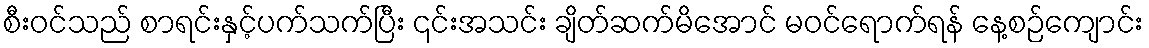
စီး၀င်သည် စာရင်းနှင့်ပက်သက်ပြီး ၎င်းအသင်း ချိတ်ဆက်မိအောင် မဝင်ရောက်ရန် နေ့စဉ်ကျောင်း